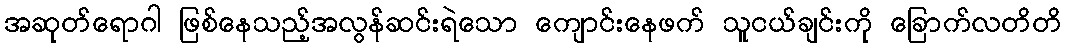
အဆုတ်ရောဂါ ဖြစ်နေသည့်အလွန်ဆင်းရဲသော ကျောင်းနေဖက် သူငယ်ချင်းကို ခြောက်လတိတိ